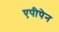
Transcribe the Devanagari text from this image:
एपीपेन